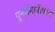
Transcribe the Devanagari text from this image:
पुनर्समाजीकरण